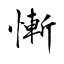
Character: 慚